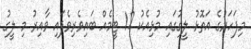
މިފަހަރުގެ އަތޮޅު ލީގުގައި މުޅިއެކު 12 ޓީމެއް ބައިވެރިވެފައި ވާއިރު މި ލީގު